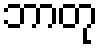
ဘာတု